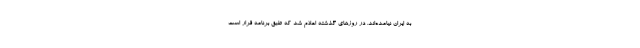
به ایران نیامده‌اند. در روزهای گذشته اعلام شد که طبق برنامه قرار است